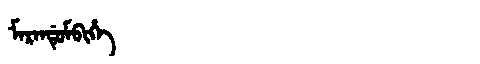
Manchu: ᠮᠠᡵᠠᠨᡩᡠᠮᠪᡳᡥᡝ
Romanization: MARANDUMBIHE